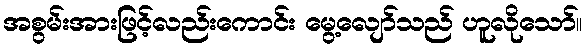
အစွမ်းအားဖြင့်လည်းကောင်း မွေ့လျော်သည် ဟူလိုသော်။